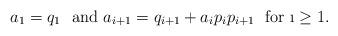
LaTeX: \begin{align*}a_1=q_1 \ \mbox{ and} \ a_{i+1}=q_{i+1}+a_i p_i p_{i+1} \ \mbox{ for }\i\geq 1.\end{align*}